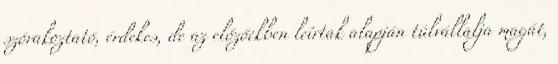
szórakoztató, érdekes, de az előzőekben leírtak alapján túlvállalja magát,